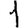
Digit: 1